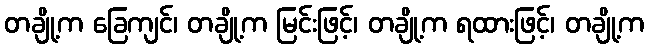
တချို့က ခြေကျင်၊ တချို့က မြင်းဖြင့်၊ တချို့က ရထားဖြင့်၊ တချို့က